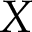
X